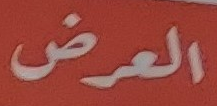
العرض